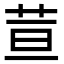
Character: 荁